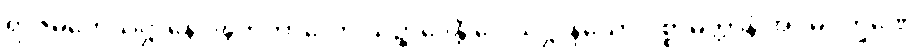
ရာဇမဟေသိဋ္ဌာနေ ဝဍ္ဎိတကာလော သဉ္ဆာဒေန္တိ ဒေါသဋ္ဌာနိယော ပစ္စာမိတ္တာနံ အဂ္ဂမဂ္ဂက္ခဏေ